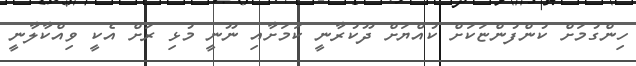
ހިންގުމަށް ކުންފުންޏަކަށް ކުއްޔަށް ދޫކުރާނީ ކަމަށާއި ނޫނީ މުޅި ރަށް އެކީ ވިއްކާލާނީ